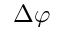
\Delta \varphi